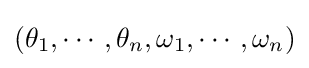
(\theta _{1},\cdots ,\theta _{n},\omega _{1},\cdots ,\omega _{n})